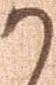
か